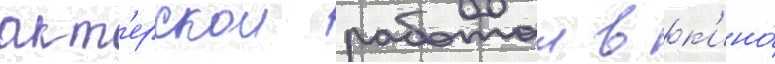
акт'ерскои работои в к'ино́